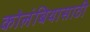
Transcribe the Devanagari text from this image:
कोलंबियासाठी